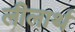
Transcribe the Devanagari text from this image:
लीलार्थ